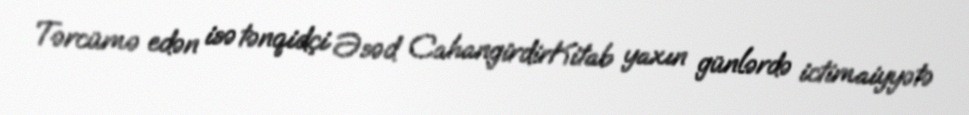
Tərcümə edən isə tənqidçi Əsəd CahangirdirKitab yaxın günlərdə ictimaiyyətə